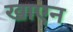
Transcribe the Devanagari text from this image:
खाएन